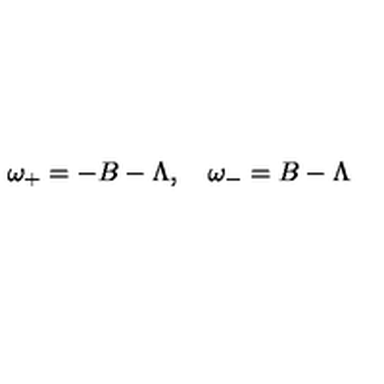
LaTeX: \omega _ { + } = - B - \Lambda , \quad \omega _ { - } = B - \Lambda